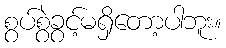
စွပ်စွဲခွင့်မရှိတော့ပါဘူး။